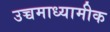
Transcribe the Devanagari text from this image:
उच्चमाध्यामीक